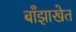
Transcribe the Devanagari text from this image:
बाँझाखेत